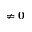
\neq { \bf 0 }